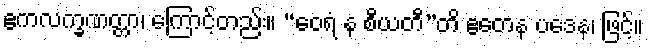
ဧကလက္ခဏတ္တာ၊ ကြောင့်တည်း။ “ဝေရံ န စီယတီ”တိ ဧတေန ပဒေန၊ ဖြင့်။